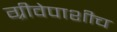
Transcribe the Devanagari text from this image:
ग्रीवेपाशीच